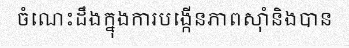
ចំណេះដឹងក្នុងការបង្កើនភាពស៊ាំនិងបាន